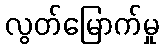
လွတ်မြောက်မှု